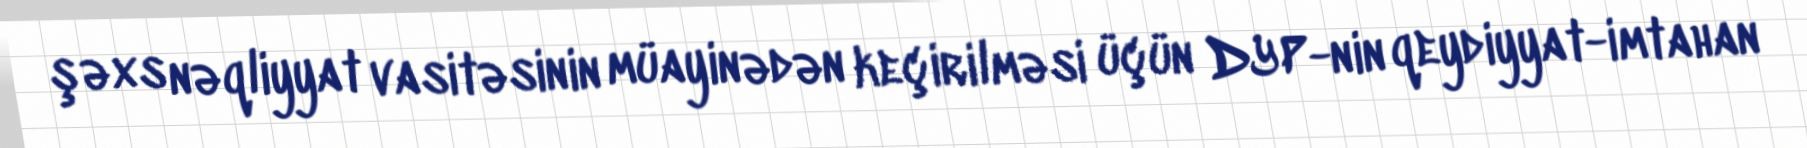
şəxs nəqliyyat vasitəsinin müayinədən keçirilməsi üçün DYP-nin qeydiyyat-imtahan